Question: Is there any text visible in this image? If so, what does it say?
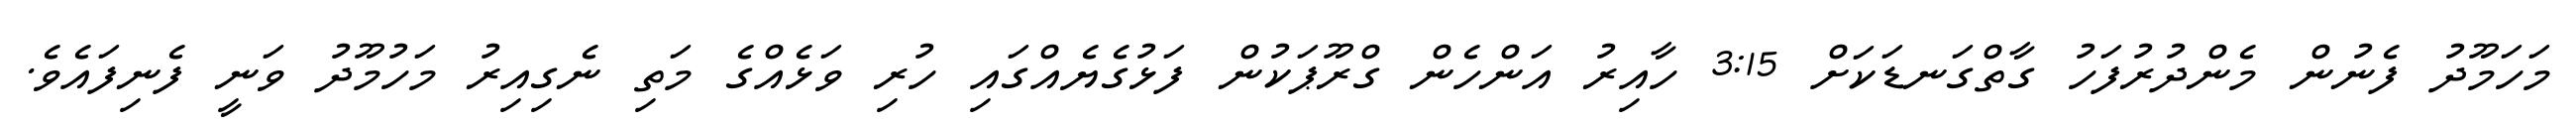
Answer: މަހަމޫދު ފެނުން މެންދުރުފަހު ގާތްގަނޑަކަށް 3:15 ހާއިރު އަންހެން ގްރޫޕަކުން ފަޅުގެޔެއްގައި ހުރި ވަޅެއްގެ މަތި ނެގިއިރު މަހުމޫދު ވަނީ ފެނިފައެވެ.